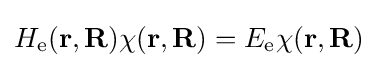
H_{\text{e}}(\mathbf {r} ,\mathbf {R} )\chi (\mathbf {r} ,\mathbf {R} )=E_{\text{e}}\chi (\mathbf {r} ,\mathbf {R} )